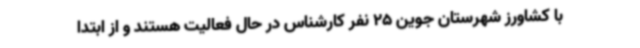
با کشاورز شهرستان جوین 25 نفر کارشناس در حال فعالیت هستند و از ابتدا